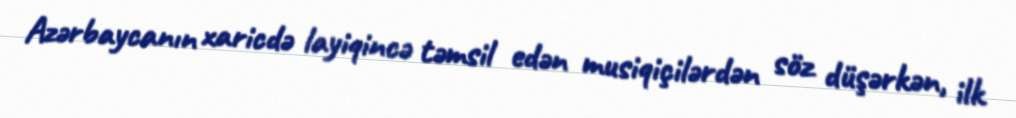
Azərbaycanın xaricdə layiqincə təmsil edən musiqiçilərdən söz düşərkən, ilk